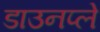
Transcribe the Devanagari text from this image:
डाउनप्ले